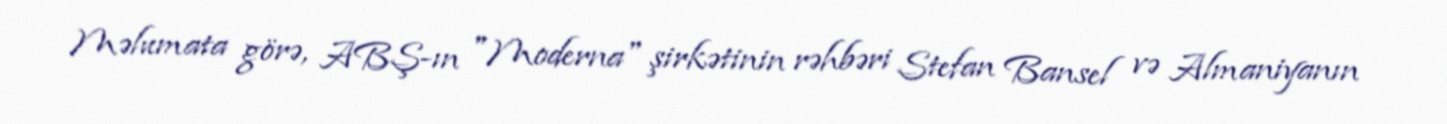
Məlumata görə, ABŞ-ın "Moderna" şirkətinin rəhbəri Stefan Bansel və Almaniyanın